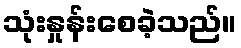
သုံးနှုန်းစေခဲ့သည်။